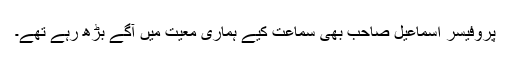
پروفیسر اسماعیل صاحب بھی سماعت کیے ہماری معیت میں آگے بڑھ رہے تھے۔